Vaccination in Burma 1889-1999 - 1889-1999
Year: 1889
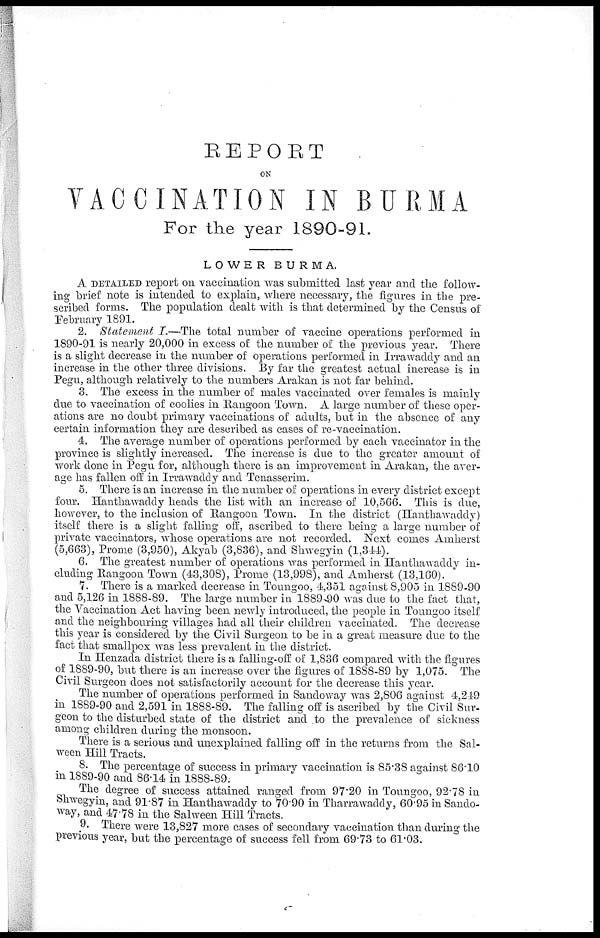
REPORT
ON
VACCINATION IN BURMA
For the year 1890-91.
LOWER BURMA.
A DETAILED report on vaccination was submitted last year and the follow-
ing brief note is intended to explain, where necessary, the figures in the pre-
scribed forms. The population dealt with is that determined by the Census of
February 1891.
2. Statement I.—The total number of vaccine operations performed in
1890-91 is nearly 20,000 in excess of the number of the previous year. There
is a slight decrease in the number of operations performed in Irrawaddy and an
increase in the other three divisions. By far the greatest actual increase is in
Pegu, although relatively to the numbers Arakan is not far behind.
3. The excess in the number of males vaccinated over females is mainly
due to vaccination of coolies in Rangoon Town. A large number of these oper-
ations are no doubt primary vaccinations of adults, but in the absence of any
certain information they are described as cases of re-vaccination.
4. The average number of operations performed by each vaccinator in the
province is slightly increased. The increase is due to the greater amount of
work done in Pegu for, although there is an improvement in Arakan, the aver-
age has fallen off in Irrawaddy and Tenasserim.
5. There is an increase in the number of operations in every district except
four. Hanthawaddy heads the list with an increase of 10,566. This is due,
however, to the inclusion of Rangoon Town. In the district (Hanthawaddy)
itself there is a slight falling off, ascribed to there being a large number of
private vaccinators, whose operations are not recorded. Next comes Amherst
(5,663), Prome (3,950), Akyab (3,836), and Shwegyin (1,344).
6. The greatest number of operations was performed in Hanthawaddy in-
cluding Rangoon Town (43,308), Prome (13,998), and Amherst (13,160).
7. There is a marked decrease in Toungoo, 4,351 against 8,905 in 1889-90
and 5,126 in 1888-89. The large number in 1889-90 was due to the fact that,
the Vaccination Act having been newly introduced, the people in Toungoo itself
and the neighbouring villages had all their children vaccinated. The decrease
this year is considered by the Civil Surgeon to be in a great measure due to the
fact that smallpox was less prevalent in the district.
In Henzada district there is a falling-off of 1,836 compared with the figures
of 1889-90, but there is an increase over the figures of 1888-89 by 1,075. The
Civil Surgeon does not satisfactorily account for the decrease this year.
The number of operations performed in Sandoway was 2,806 against 4,249
in 1889-90 and 2,591 in 1888-89. The falling off is ascribed by the Civil Sur-
geon to the disturbed state of the district and to the prevalence of sickness
among children during the monsoon.
There is a serious and unexplained falling off in the returns from the Sal-
ween Hill Tracts.
8. The percentage of success in primary vaccination is 85.38 against 86.10
in 1889-90 and 86.14 in 1888-89.
The degree of success attained ranged from 97.20 in Toungoo, 92.78 in
Shwegyin, and 91.87 in Hanthawaddy to 70.90 in Tharrawaddy, 60.95 in Sando-
way, and 47.78 in the Salween Hill Tracts.
9. There were 13,827 more cases of secondary vaccination than during the
previous year, but the percentage of success fell from 69.73 to 61.03.